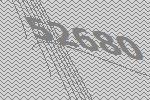
52680